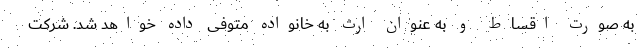
به صورت اقساط و به عنوان ارث به خانواده متوفی داده خواهد شد. شرکت